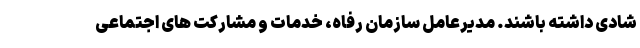
شادی داشته باشند. مدیرعامل سازمان رفاه، خدمات و مشارکت های اجتماعی